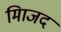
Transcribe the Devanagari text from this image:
मािजद